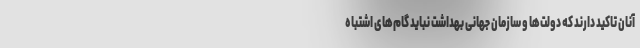
آنان تاکید دارند که دولت‌ها و سازمان جهانی بهداشت نباید گام‌های اشتباه